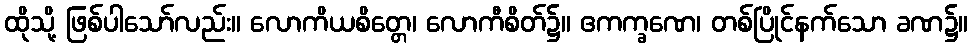
ထိုသို့ ဖြစ်ပါသော်လည်း။ လောကိယစိတ္တေ၊ လောကီစိတ်၌။ ဧကက္ခဏေ၊ တစ်ပြိုင်နက်သော ခဏ၌။